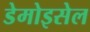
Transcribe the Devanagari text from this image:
डेमोइसेल